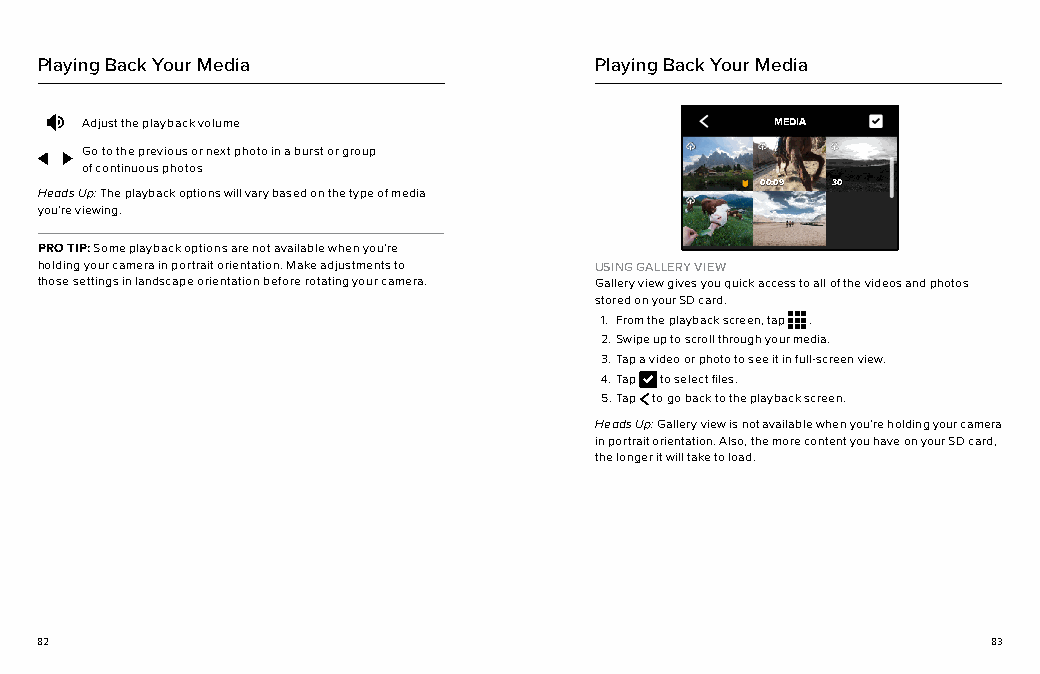
Playing Back Your Media              Playing Back Your Media
 Adjust the playback volume                    MEDIA
 Go to the previous or next photo in a burst or group
 of continuous photos
 00:09 003:009 30
 Heads Up: The playback options will vary based on the type of media
 you’re viewing.
 PRO TIP: Some playback options are not available when you’re
 holding your camera in portrait orientation. Make adjustments to USING GALLERY VIEW
 those settings in landscape orientation before rotating your camera. Gallery view gives you quick access to all of the videos and photos
 stored on your SD card.
 1. From the playback screen, tap .
 2. Swipe up to scroll through your media.
 3. Tap a video or photo to see it in full-screen view.
 4. Tap to select files.
 5. Tap to go back to the playback screen.
 Heads Up: Gallery view is not available when you’re holding your camera
 in portrait orientation. Also, the more content you have on your SD card,
 the longer it will take to load.
 82                                                              83